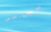
ميامى